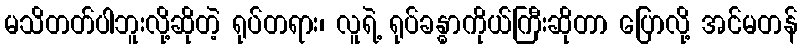
မသိတတ်ပါဘူးလို့ဆိုတဲ့ ရုပ်တရား၊ လူရဲ့ ရုပ်ခန္ဓာကိုယ်ကြီးဆိုတာ ပြောလို့ အင်မတန်